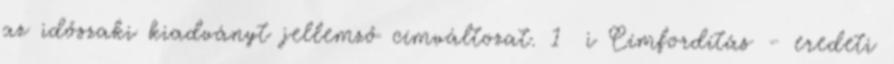
az időszaki kiadványt jellemző címváltozat. 1 i Címfordítás - eredeti